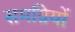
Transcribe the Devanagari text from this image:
समग्रियों